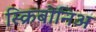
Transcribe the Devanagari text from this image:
स्क्रिबोनिअ